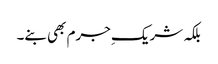
بلکہ شریکِ جرم بھی بنے۔